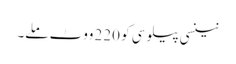
نینسی پیلوسی کو 220 ووٹ ملے۔